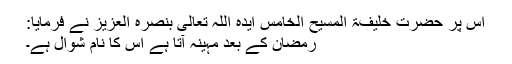
اس پر حضرت خلیفۃ المسیح الخامس ایدہ اللہ تعالیٰ بنصرہ العزیز نے فرمایا:
رمضان کے بعد مہینہ آتا ہے اس کا نام شوال ہے۔